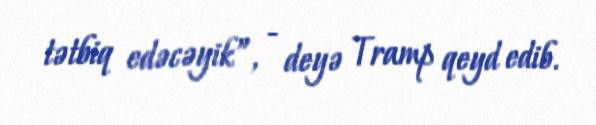
tətbiq edəcəyik”, - deyə Tramp qeyd edib.